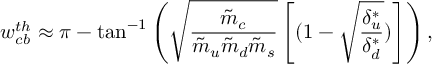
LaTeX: w _ { c b } ^ { t h } \approx \pi - \tan ^ { - 1 } \left( \sqrt { \frac { \tilde { m } _ { c } } { \tilde { m } _ { u } \tilde { m } _ { d } \tilde { m } _ { s } } } \left[ ( 1 - \sqrt { \frac { \delta _ { u } ^ { * } } { \delta _ { d } ^ { * } } } ) \right] \right) ,